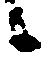
候